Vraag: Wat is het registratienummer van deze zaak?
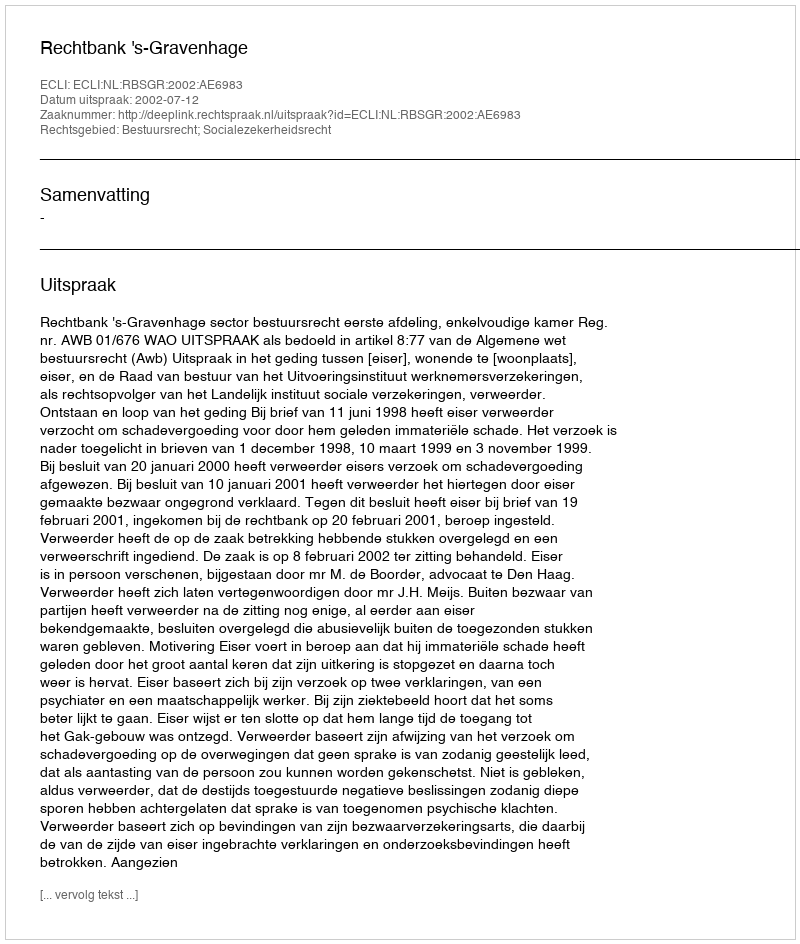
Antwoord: http://deeplink.rechtspraak.nl/uitspraak?id=ECLI:NL:RBSGR:2002:AE6983